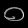
Digit: ၀